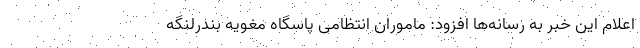
اعلام این خبر به رسانه‌ها افزود: ماموران انتظامی پاسگاه مغویه بندرلنگه